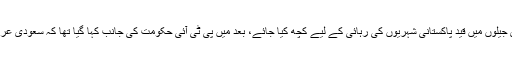
خیال رہے کہ عمران خان نے سعودی شہزارے محمد بن سلمان سے درخواست کیں تھیں کہ سعودی جیلوں میں قید پاکستانی شہریوں کی رہائی کے لیے کچھ کیا جائے، بعد میں پی ٹی آئی حکومت کی جانب کہا گیا تھا کہ سعودی عرب دو ہزار سے زاید قیدیوں کو رہا کرنے پر رضا مند ہوگیا ہے جنہیں بہت جلد رہا کردیا جائے گا۔